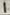
Text: 1